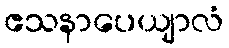
ဧသနာပေယျာလံ